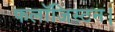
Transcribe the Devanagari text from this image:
फलॉजिस्टन।